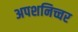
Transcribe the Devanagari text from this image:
अपशनिच्चर